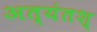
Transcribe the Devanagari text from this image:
अत्यंतश्